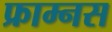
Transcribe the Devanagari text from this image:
फ्राम्नस